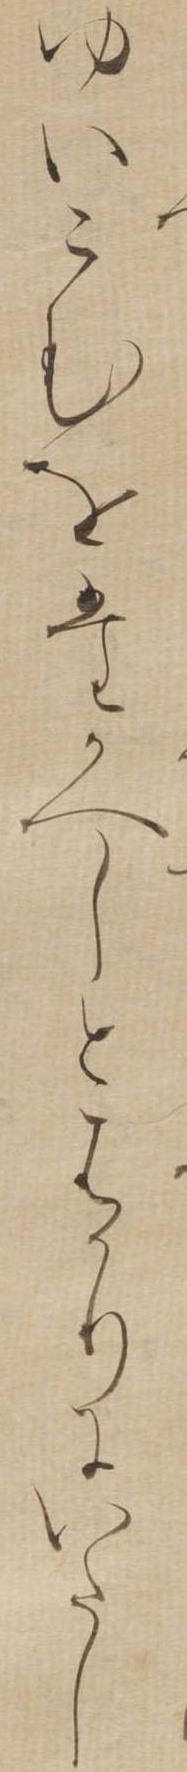
ゆいこむをたかへしとはかりにいたし